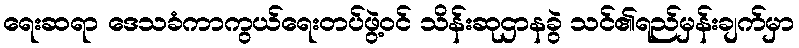
ရေးဆရာ ဒေသခံကာကွယ်ရေးတပ်ဖွဲ့ဝင် သိန်းဆုဌာနခွဲ သင်၏ရည်မှန်းချက်မှာ